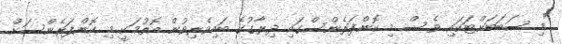
"މި ސަބަބަށްޓަކައި ވެސް މި ކޮންފަރެންސްގައި ދިރާގުގެ ބައިވެރިވުން އޮތުމަކީ މި ކޮންފަރެންސަށް